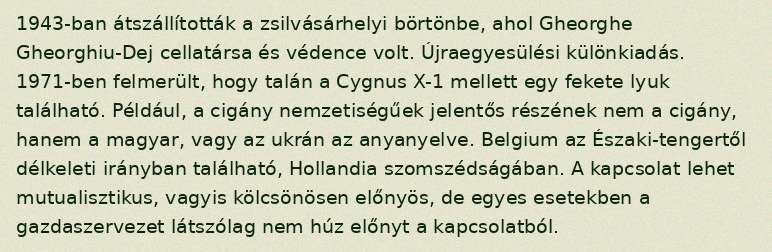
1943-ban átszállították a zsilvásárhelyi börtönbe, ahol Gheorghe Gheorghiu-Dej cellatársa és védence volt. Újraegyesülési különkiadás. 1971-ben felmerült, hogy talán a Cygnus X-1 mellett egy fekete lyuk található. Például, a cigány nemzetiségűek jelentős részének nem a cigány, hanem a magyar, vagy az ukrán az anyanyelve. Belgium az Északi-tengertől délkeleti irányban található, Hollandia szomszédságában. A kapcsolat lehet mutualisztikus, vagyis kölcsönösen előnyös, de egyes esetekben a gazdaszervezet látszólag nem húz előnyt a kapcsolatból.